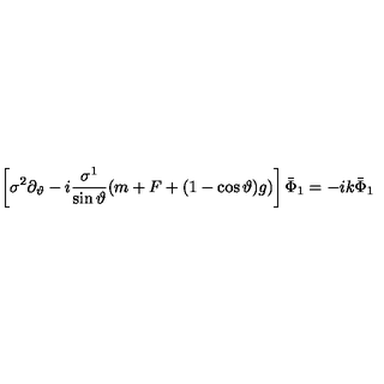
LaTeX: \left[ \sigma ^ { 2 } \partial _ { \vartheta } - i \frac { \sigma ^ { 1 } } { \sin \vartheta } ( m + F + ( 1 - \cos \vartheta ) g ) \right] \bar { \Phi } _ { 1 } = - i k \bar { \Phi } _ { 1 }